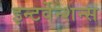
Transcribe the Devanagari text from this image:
इन्टर्वेन्शन्स